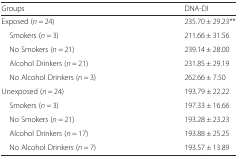
<table><thead><tr><td><b>Groups</b></td><td><b>DNA-DI</b></td></tr></thead><tbody><tr><td>Exposed (<i>n</i> = 24)</td><td>235.70 ± 29.23**</td></tr><tr><td> Smokers (<i>n</i> = 3)</td><td>211.66 ± 31.56</td></tr><tr><td> No Smokers (<i>n</i> = 21)</td><td>239.14 ± 28.00</td></tr><tr><td> Alcohol Drinkers (<i>n</i> = 21)</td><td>231.85 ± 29.19</td></tr><tr><td> No Alcohol Drinkers (<i>n</i> = 3)</td><td>262.66 ± 7.50</td></tr><tr><td>Unexposed (<i>n</i> = 24)</td><td>193.79 ± 22.22</td></tr><tr><td> Smokers (<i>n</i> = 3)</td><td>197.33 ± 16.66</td></tr><tr><td> No Smokers (<i>n</i> = 21)</td><td>193.28 ± 23.23</td></tr><tr><td> Alcohol Drinkers (<i>n</i> = 17)</td><td>193.88 ± 25.25</td></tr><tr><td> No Alcohol Drinkers (<i>n</i> = 7)</td><td>193.57 ± 13.89</td></tr></tbody></table>